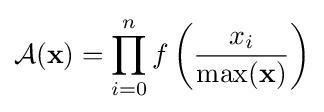
{\mathcal {A}}(\mathbf {x} )=\prod _{i=0}^{n}f\left({\frac {x_{i}}{\max(\mathbf {x} )}}\right)